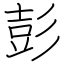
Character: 彭